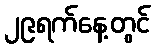
၂၉ရက်နေ့တွင်